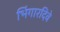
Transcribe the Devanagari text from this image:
भिंगारदिवे